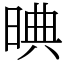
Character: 晪